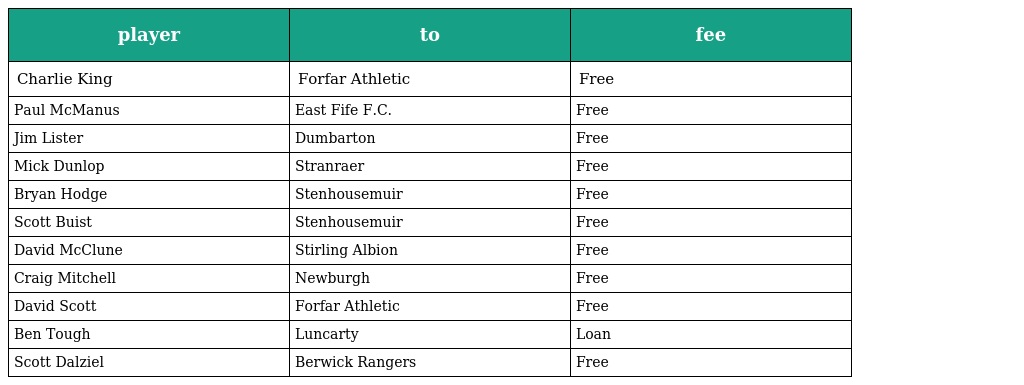
| player | to | fee |
 | --- | --- | --- |
 | Charlie King | Forfar Athletic | Free |
 | Paul McManus | East Fife F.C. | Free |
 | Jim Lister | Dumbarton | Free |
 | Mick Dunlop | Stranraer | Free |
 | Bryan Hodge | Stenhousemuir | Free |
 | Scott Buist | Stenhousemuir | Free |
 | David McClune | Stirling Albion | Free |
 | Craig Mitchell | Newburgh | Free |
 | David Scott | Forfar Athletic | Free |
 | Ben Tough | Luncarty | Loan |
 | Scott Dalziel | Berwick Rangers | Free |